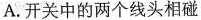
A.开关中的两个线头相碰